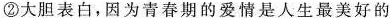
②大胆表白，因为青春期的爱情是人生最美好的